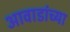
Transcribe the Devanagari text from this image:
आवाडांच्या